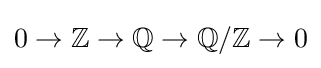
0\to \mathbb {Z} \to \mathbb {Q} \to \mathbb {Q} /\mathbb {Z} \to 0